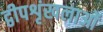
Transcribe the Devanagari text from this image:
द्वीपशृंखलाओं